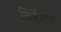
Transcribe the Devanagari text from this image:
निर्हेतुक